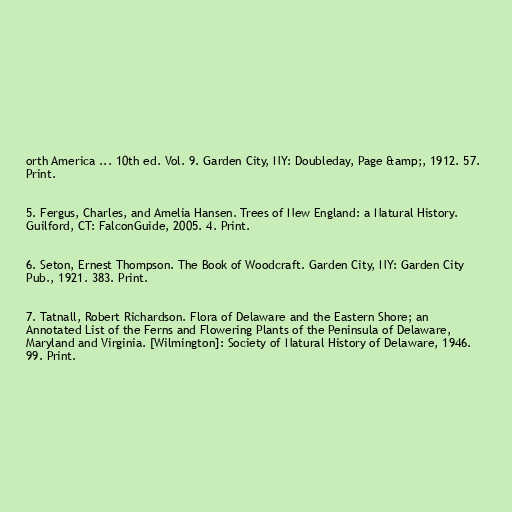
orth America ... 10th ed. Vol. 9. Garden City, NY: Doubleday, Page &amp;, 1912. 57.
Print.

5. Fergus, Charles, and Amelia Hansen. Trees of New England: a Natural History.
Guilford, CT: FalconGuide, 2005. 4. Print.

6. Seton, Ernest Thompson. The Book of Woodcraft. Garden City, NY: Garden City
Pub., 1921. 383. Print.

7. Tatnall, Robert Richardson. Flora of Delaware and the Eastern Shore; an
Annotated List of the Ferns and Flowering Plants of the Peninsula of Delaware,
Maryland and Virginia. [Wilmington]: Society of Natural History of Delaware, 1946.
99. Print.